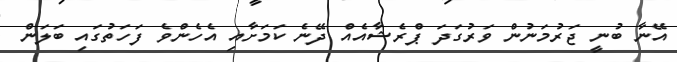
އޭނާ ބުނީ ޖަރުމަނުން ވަރުގަދަ ޕްރެޝާއެއް ދޭނެ ކަމަށާއި އެހެންވެ ފަހަތުގައި ބަލަން